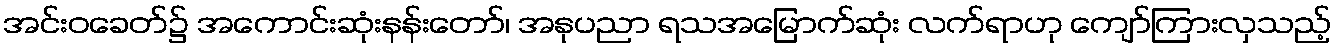
အင်းဝခေတ်၌ အကောင်းဆုံးနန်းတော်၊ အနုပညာ ရသအမြောက်ဆုံး လက်ရာဟု ကျော်ကြားလှသည့်